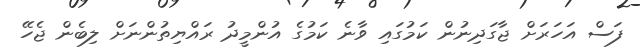
ފަސް އަހަރަށް ޖާގަދިނުން ކަމުގައި ވާނެ ކަމުގެ އުންމީދު ރައްޔިތުންނަށް ލިބެން ޖެހޭ